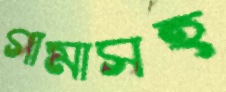
গামাসহ